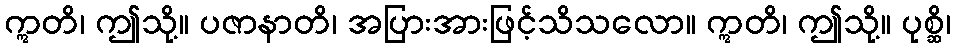
ဣတိ၊ ဤသို့။ ပဇာနာတိ၊ အပြားအားဖြင့်သိသလော။ ဣတိ၊ ဤသို့။ ပုစ္ဆိ၊